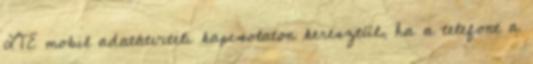
LTE mobil adatátviteli kapcsolaton keresztül, ha a telefont a